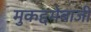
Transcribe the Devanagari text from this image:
मुकद्दमेबाजी